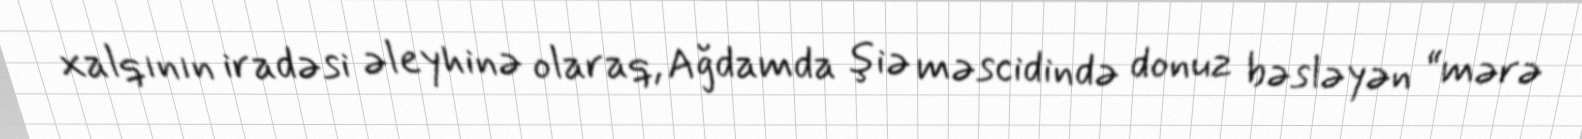
xalqının iradəsi əleyhinə olaraq, Ağdamda şiə məscidində donuz bəsləyən “mərə